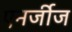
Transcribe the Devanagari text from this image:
एनर्जीज